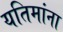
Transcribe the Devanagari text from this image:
यतिमांना